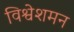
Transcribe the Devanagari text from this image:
विश्वेशमन